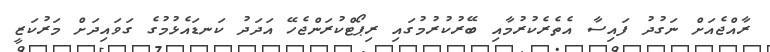
ރާއްޖެއަށް ނަގުދު ފައިސާ އެތެރެކުރުމާއި ބޭރުކުރުމުގައި ރިޕޯޓްކުރަންޖެހޭ އަދަދު ކަނޑައެޅުމުގެ ގަވައިދަށް މަރުކަޒީ